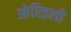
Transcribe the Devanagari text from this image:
ओरिइली